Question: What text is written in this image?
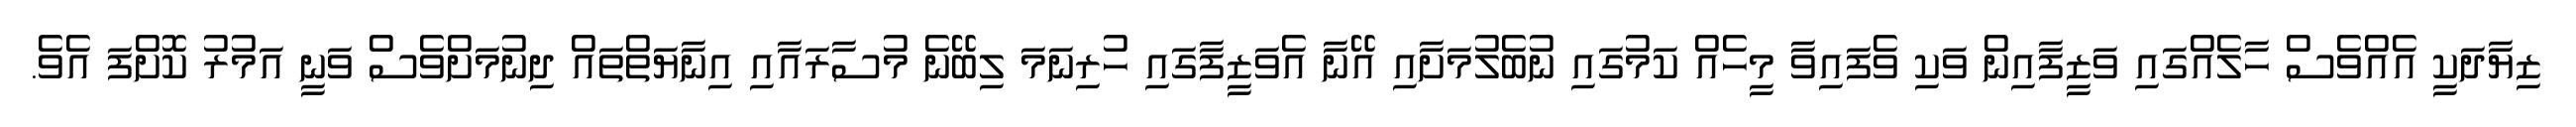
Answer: ޒިޔާދަކީ އެއްވެސް ހާލެއްގައި ވަޒީފާއިން ވަކި ވެފައިވާ މީހެއް ކަމުގައި ނުބެލުމަށާއި އޭނާ އެވަޒީފާގައި ހުރިނަމަ ލިބޭނެ މުސާރައާއި އިނާޔަތްތައް ދިނުމަށްވެސް ވަނީ އަމުރު ކޮށްފަ އެވެ.